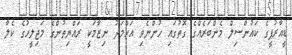
ޑީއާރުޕީގެ ކައުންސިލް މެންބަރެއްގެ ގޮތުގައި ހުންނެވި އަހްމަދު ނިޒާމަކީ ރައްޔިތުންގެ މަޖިލީހުގެ ކެލާ